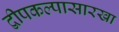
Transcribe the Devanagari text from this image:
द्वीपकल्पासारखा